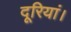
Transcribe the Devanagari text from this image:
दूरियां।